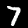
Digit: 7